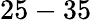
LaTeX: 25-35\